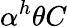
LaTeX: \alpha^{h}\theta C